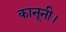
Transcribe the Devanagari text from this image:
कानूनी।